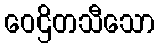
ဝေဌိတသီသော